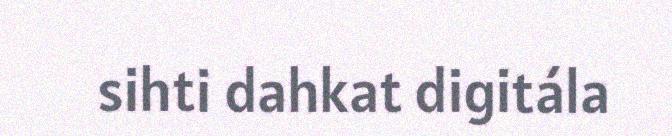
sihti dahkat digitála